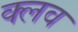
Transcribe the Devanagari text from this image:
क्‍लव